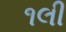
૧લી